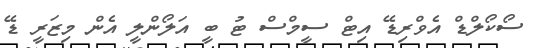
ސޯކޯލްޑް އެވްރިޑޭ އިޓް ސީމްސް ޓު ބީ އަލޯންލީ އެން މިޒަރީ ޑޭ